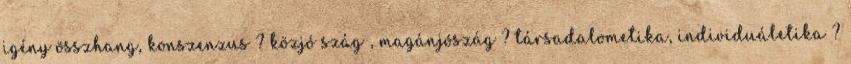
igény összhang, konszenzus ? közjó szág , magánjószág ? társadalometika, individuáletika ?